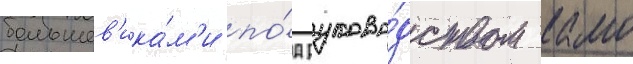
большев'ика́м'и по́д руково́дством камо